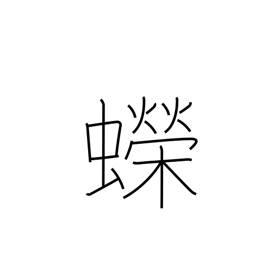
Meaning: newt